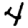
Digit: 4